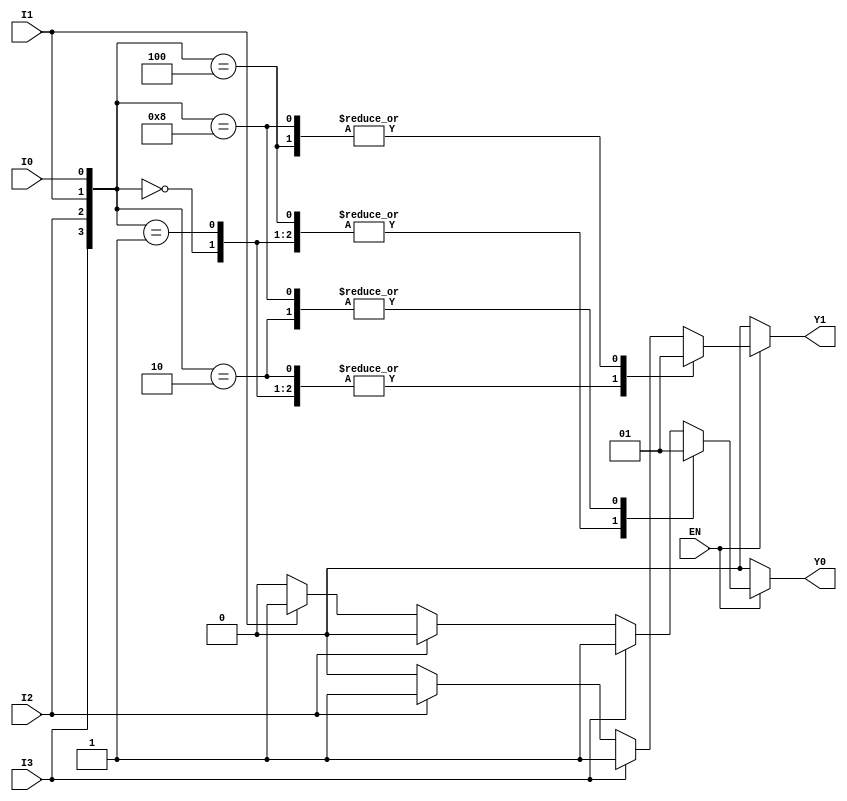
module encoder_4_to_2 (
    input wire I0,      // Input 0
    input wire I1,      // Input 1
    input wire I2,      // Input 2
    input wire I3,      // Input 3
    input wire EN,      // Enable signal
    output reg Y0,      // Output 0
    output reg Y1       // Output 1
);

always @(*) begin
    if (!EN) begin
        // If enable is low, set outputs to a defined state (e.g., 00)
        Y0 = 1'b0;
        Y1 = 1'b0;
    end else begin
        // Priority encoding
        case ({I3, I2, I1, I0})
            4'b0000: begin
                Y0 = 1'b0;
                Y1 = 1'b0;  // No active input
            end
            4'b0001: begin
                Y0 = 1'b0;
                Y1 = 1'b0;  // I0 active
            end
            4'b0010: begin
                Y0 = 1'b1;
                Y1 = 1'b0;  // I1 active
            end
            4'b0100: begin
                Y0 = 1'b0;
                Y1 = 1'b1;  // I2 active
            end
            4'b1000: begin
                Y0 = 1'b1;
                Y1 = 1'b1;  // I3 active
            end
            default: begin
                // In case of multiple inputs active, prioritize higher input
                Y0 = 1'b0;
                Y1 = 1'b0;
                if (I3) begin
                    Y0 = 1'b1;
                    Y1 = 1'b1;  // I3 is the highest priority
                end else if (I2) begin
                    Y0 = 1'b0;
                    Y1 = 1'b1;  // I2 is next
                end else if (I1) begin
                    Y0 = 1'b1;
                    Y1 = 1'b0;  // I1 is next
                end else if (I0) begin
                    Y0 = 1'b0;
                    Y1 = 1'b0;  // I0 is lowest priority
                end
            end
        endcase
    end
end

endmodule